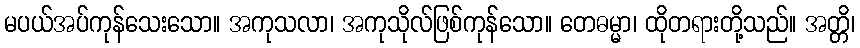
မပယ်အပ်ကုန်သေးသော။ အကုသလာ၊ အကုသိုလ်ဖြစ်ကုန်သော။ တေဓမ္မာ၊ ထိုတရားတို့သည်။ အတ္တိ၊